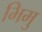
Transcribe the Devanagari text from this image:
भिमु